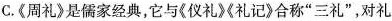
C.《周礼》是儒家经典，它与《仪礼》《礼记》合称”三礼”，对礼